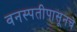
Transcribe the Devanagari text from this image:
वनस्पतीपासूनचे